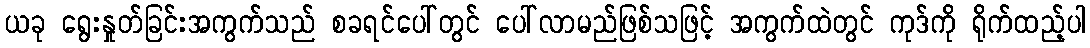
ယခု ရွေးနှုတ်ခြင်းအကွက်သည် စခရင်ပေါ်တွင် ပေါ်လာမည်ဖြစ်သဖြင့် အကွက်ထဲတွင် ကုဒ်ကို ရိုက်ထည့်ပါ